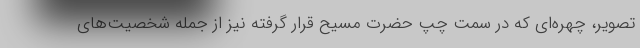
تصویر، چهره‌ای که در سمت چپ حضرت مسیح قرار گرفته نیز از جمله شخصیت‌های